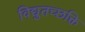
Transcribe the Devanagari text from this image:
विद्युतच्छक्ति